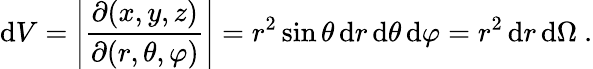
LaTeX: \mathrm{d}V=\left|{\frac{\partial(x,y,z)}{\partial(r,\theta,\varphi)}}\right|=r^{2}\sin\theta\, \mathrm{d}r\, \mathrm{d}\theta\, \mathrm{d}\varphi=r^{2}\, \mathrm{d}r\, \mathrm{d}\Omega~.